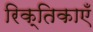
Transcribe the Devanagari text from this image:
रिक्तिकाएँ